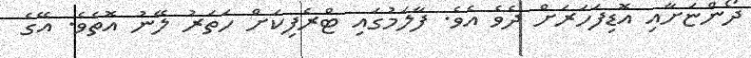
ދޯންޏަށާއި އޮޑިފަހަރަށް ދެވެ އެވެ. ފާލަމުގައި ޓްރެފިކަށް ހަތަރު ލޭނު އޮތެވެ. އޭގެ